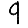
Digit: 9